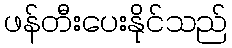
ဖန်တီးပေးနိုင်သည်